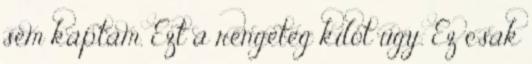
sem kaptam. Ezt a rengeteg kilót úgy. Ez csak